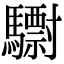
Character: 𩦾